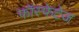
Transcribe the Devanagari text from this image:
फॉस्फेटेज